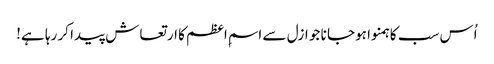
اُس سب کا ہمنوا ہوجا نا جو ازل سے اسمِ اعظم کا ارتعاش پیدا کر رہا ہے!